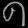
Digit: ၈